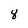
Character: 8